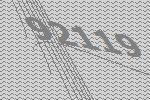
92119